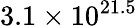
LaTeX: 3.1\times 10^{21.5}